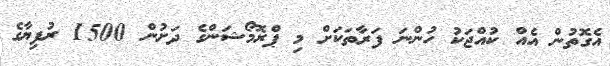
އެގޮތުން އެއް ކުއްޖަކު ހުންނަ ފަރާތަކަށް މި ޕްރޮމޯޝަންގެ ދަށުން 1500 ރުފިޔާގެ